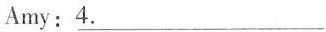
Amy:\underline{4}